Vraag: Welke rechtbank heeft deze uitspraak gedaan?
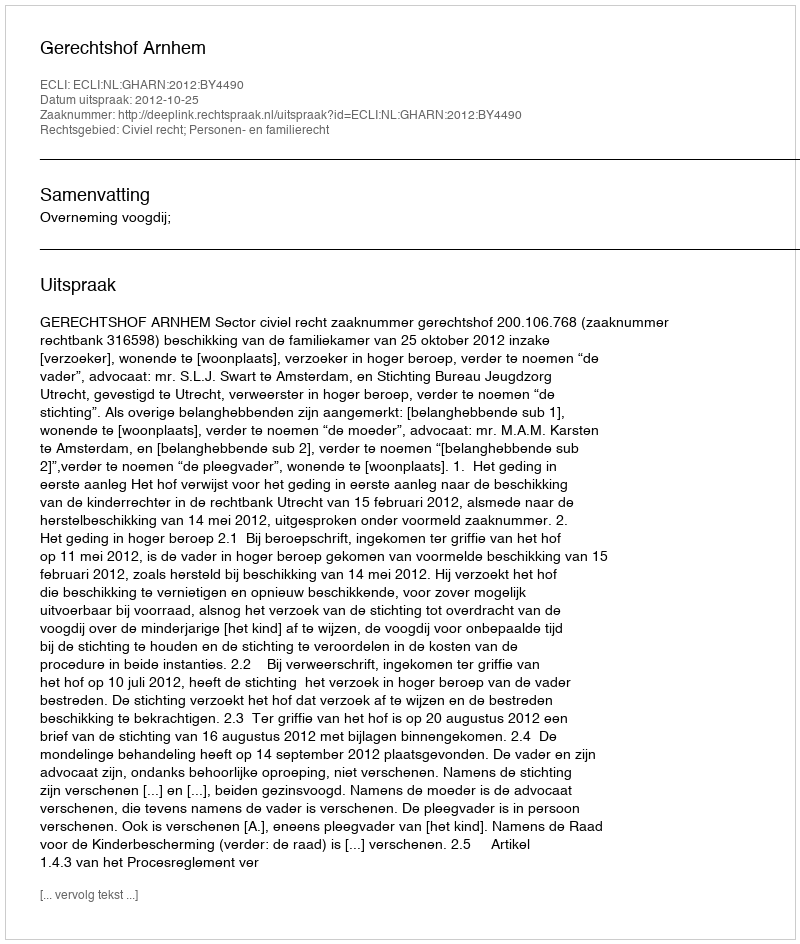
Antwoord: Gerechtshof Arnhem